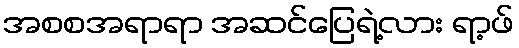
အစစအရာရာ အဆင်ပြေရဲ့လား ရာ့ဖ်